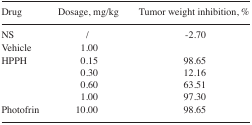
<table><thead><tr><td><b>Drug</b></td><td><b>Dosage, mg/kg</b></td><td><b>Tumor weight inhibition, %</b></td></tr></thead><tbody><tr><td>NS</td><td>/</td><td>−2.70</td></tr><tr><td>Vehicle</td><td>1.00</td><td></td></tr><tr><td>HPPH</td><td>0.15</td><td>98.65</td></tr><tr><td></td><td>0.30</td><td>12.16</td></tr><tr><td></td><td>0.60</td><td>63.51</td></tr><tr><td></td><td>1.00</td><td>97.30</td></tr><tr><td>Photofrin</td><td>10.00</td><td>98.65</td></tr></tbody></table>